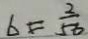
b = \frac { 2 } { 5 6 }